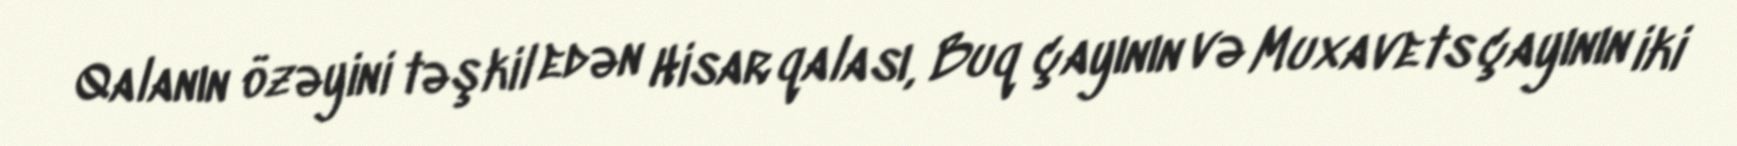
Qalanın özəyini təşkil edən Hisar qalası, Buq çayının və Muxavets çayının iki